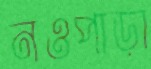
নওপাড়া